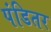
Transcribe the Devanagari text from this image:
पंडितर